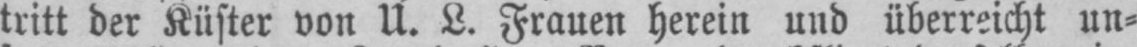
tritt der Küster von U. L. Frauen herein und überreicht un⸗